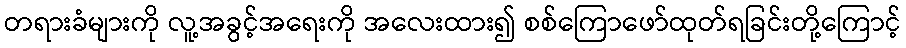
တရားခံများကို လူ့အခွင့်အရေးကို အလေးထား၍ စစ်ကြောဖော်ထုတ်ရခြင်းတို့ကြောင့်